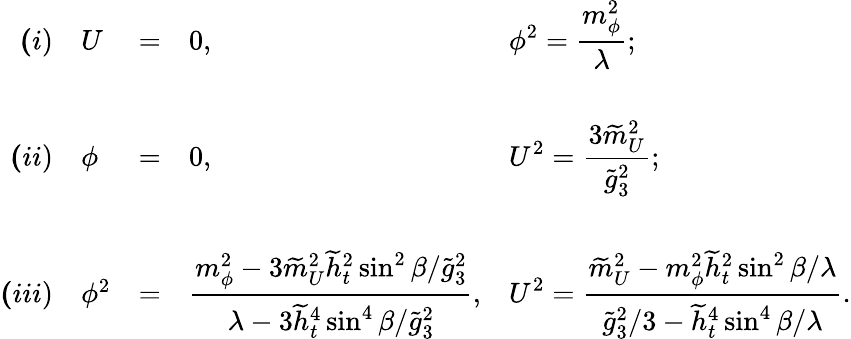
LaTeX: \begin{array}{rllll}{{{\mathbf(i)}}}&{{U}}&{{=}}&{{0,}}&{{{\displaystyle\phi^{2}=\frac{m_{\phi}^{2}}{\lambda};}}}\\ {{}}&{{}}&{{}}&{{}}&{{}}\\ {{{\mathbf(ii)}}}&{{\phi}}&{{=}}&{{0,}}&{{{\displaystyle U^{2}=\frac{3\widetilde{m}_{U}^{2}}{\widetilde{g}_{3}^{2}};}}}\\ {{}}&{{}}&{{}}&{{}}&{{}}\\ {{{\mathbf(iii)}}}&{{\phi^{2}}}&{{=}}&{{{\displaystyle\frac{m_{\phi}^{2}-3\widetilde{m}_{U}^{2}\widetilde{h}_{t}^{2}\sin^{2}\beta/\widetilde{g}_{3}^{2}}{\lambda-3\widetilde{h}_{t}^{4}\sin^{4}\beta/\widetilde{g}_{3}^{2}},}}}&{{{\displaystyle U^{2}=\frac{\widetilde{m}_{U}^{2}-m_{\phi}^{2}\widetilde{h}_{t}^{2}\sin^{2}\beta/\lambda}{\widetilde{g}_{3}^{2}/3-\widetilde{h}_{t}^{4}\sin^{4}\beta/\lambda}.}}}\end{array}